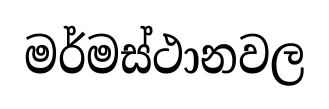
මර්මස්ථානවල